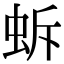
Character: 蚸